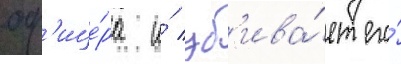
оф'ице́ра и́ уб'ива́ет его́